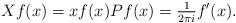
LaTeX: \begin{align*}X f(x) = x f(x) Pf(x) = \tfrac{1}{2 \pi i} f'(x).\end{align*}